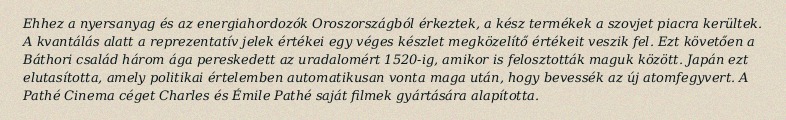
Ehhez a nyersanyag és az energiahordozók Oroszországból érkeztek, a kész termékek a szovjet piacra kerültek. A kvantálás alatt a reprezentatív jelek értékei egy véges készlet megközelítő értékeit veszik fel. Ezt követően a Báthori család három ága pereskedett az uradalomért 1520-ig, amikor is felosztották maguk között. Japán ezt elutasította, amely politikai értelemben automatikusan vonta maga után, hogy bevessék az új atomfegyvert. A Pathé Cinema céget Charles és Émile Pathé saját filmek gyártására alapította.